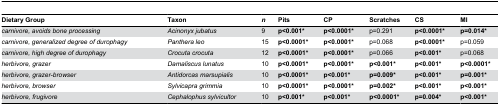
<table><thead><tr><td><b>Dietary Group</b></td><td><b>Taxon</b></td><td><b><i>n</i></b></td><td><b>Pits</b></td><td><b>CP</b></td><td><b>Scratches</b></td><td><b>CS</b></td><td><b>MI</b></td></tr></thead><tbody><tr><td><i>carnivore, avoids bone processing</i></td><td><i>Acinonyx</i><i>jubatus</i></td><td>9</td><td><b>p&lt;0.001*</b></td><td><b>p&lt;0.0001*</b></td><td>p=0.291</td><td><b>p&lt;0.0001*</b></td><td><b>p=0.014*</b></td></tr><tr><td><i>carnivore, generalized degree of durophagy</i></td><td><i>Panthera</i><i>leo</i></td><td>15</td><td><b>p&lt;0.0001*</b></td><td><b>p&lt;0.0001*</b></td><td>p=0.068</td><td><b>p&lt;0.0001*</b></td><td>p=0.059</td></tr><tr><td><i>carnivore, high degree of durophagy</i></td><td><i>Crocuta</i><i>crocuta</i></td><td>12</td><td><b>p&lt;0.0001*</b></td><td><b>p&lt;0.0001*</b></td><td>p=0.066</td><td><b>p&lt;0.001*</b></td><td>p=0.068</td></tr><tr><td><i>herbivore, grazer</i></td><td><i>Damaliscus</i><i>lunatus</i></td><td>10</td><td><b>p&lt;0.0001*</b></td><td><b>p&lt;0.0001*</b></td><td><b>p&lt;0.001*</b></td><td><b>p&lt;0.001*</b></td><td><b>p&lt;0.0001*</b></td></tr><tr><td><i>herbivore, grazer-browser</i></td><td><i>Antidorcas</i><i>marsupialis</i></td><td>10</td><td><b>p&lt;0.0001*</b></td><td><b>p&lt;0.001*</b></td><td><b>p=0.009*</b></td><td><b>p&lt;0.001*</b></td><td><b>p=0.001*</b></td></tr><tr><td><i>herbivore, browser</i></td><td><i>Sylvicapra</i><i>grimmia</i></td><td>10</td><td><b>p&lt;0.0001*</b></td><td><b>p&lt;0.0001*</b></td><td><b>p=0.002*</b></td><td><b>p&lt;0.001*</b></td><td><b>p&lt;0.001*</b></td></tr><tr><td><i>herbivore, frugivore</i></td><td><i>Cephalophus</i><i>sylvicultor</i></td><td>10</td><td><b>p&lt;0.001*</b></td><td><b>p&lt;0.001*</b></td><td><b>p&lt;0.0001*</b></td><td><b>p=0.004*</b></td><td><b>p&lt;0.001*</b></td></tr></tbody></table>